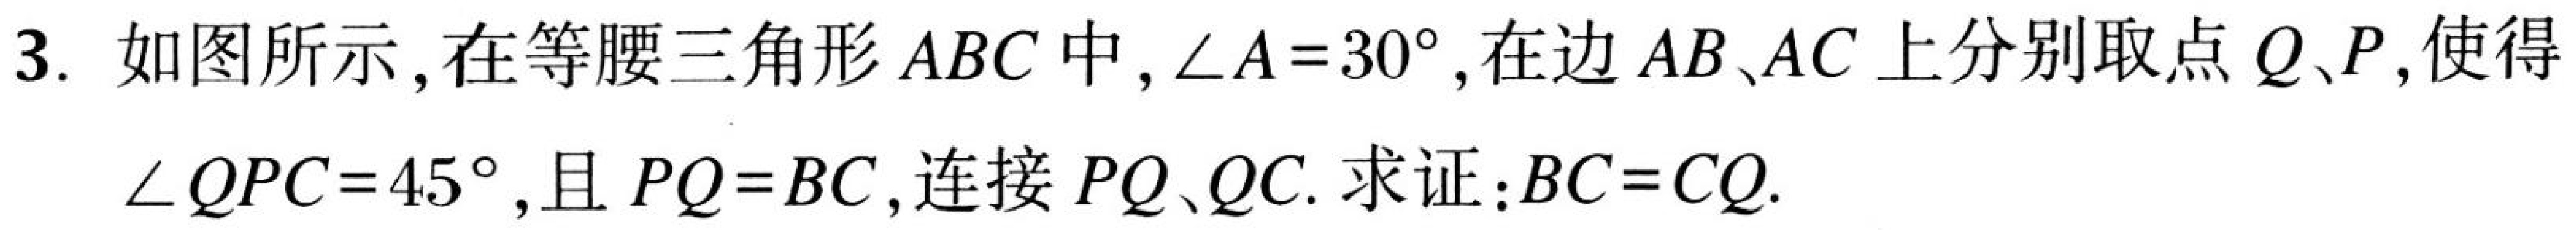
3. 如图所示，在等腰三角形 \(ABC\) 中，\(\angle A = 30^{\circ}\)，在边 \(AB\)、\(AC\) 上分别取点 \(Q\)、\(P\)，使得 \(\angle QPC = 45^{\circ}\)，且 \(PQ = BC\)，连接 \(PQ\)、\(QC\). 求证：\(BC = CQ\).